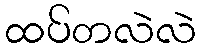
ထပ်တလဲလဲ